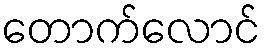
တောက်လောင်